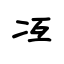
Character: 冱